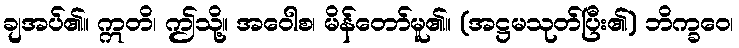
ချအပ်၏။ ဣတိ၊ ဤသို့။ အဝေါစ၊ မိန်တော်မူ၏။ (အဋ္ဌမသုတ်ပြီး၏) ဘိက္ခဝေ၊